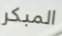
المبكر